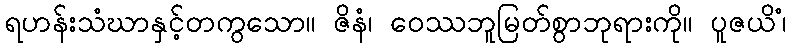
ရဟန်းသံဃာနှင့်တကွသော။ ဇိနံ၊ ဝေဿဘူမြတ်စွာဘုရားကို။ ပူဇယိံ၊